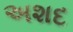
અશદ